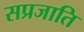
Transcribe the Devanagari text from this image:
सप्रजाति